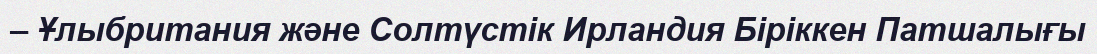
– Ұлыбритания және Солтүстік Ирландия Біріккен Патшалығы